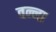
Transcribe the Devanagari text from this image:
वन्ना